Malaria in the Punjab - Number 46
Disease focus: Malaria
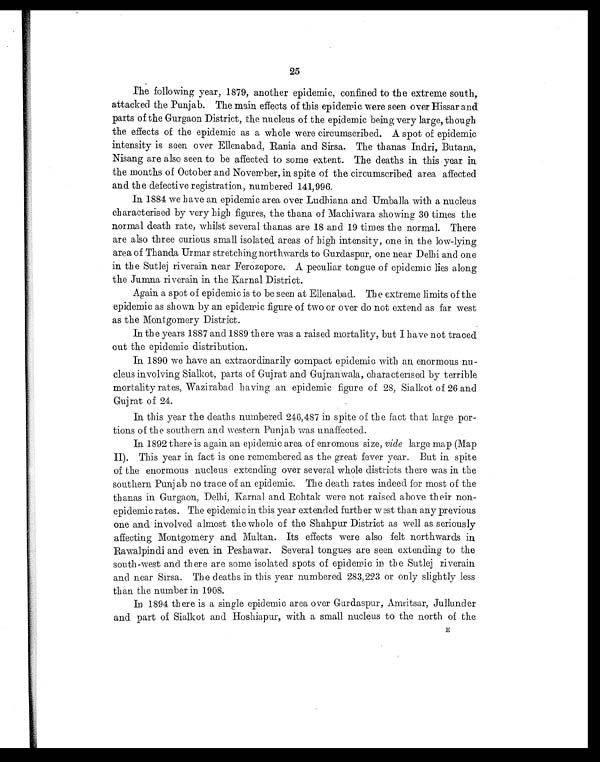
25
The following year, 1879, another epidemic, confined to the extreme south,
attacked the Punjab. The main effects of this epidemic were seen over Hissar and
parts of the Gurgaon District, the nucleus of the epidemic being very large, though
the effects of the epidemic as a whole were circumscribed. A spot of epidemic
intensity is seen over Ellenabad, Rania and Sirsa. The thanas Indri, Butana,
Nisang are also seen to be affected to some extent. The deaths in this year in
the months of October and November, in spite of the circumscribed area affected
and the defective registration, numbered 141,996.
In 1884 we have an epidemic area over Ludhiana and Umballa with a nucleus
characterised by very high figures, the thana of Machiwara showing 30 times the
normal death rate, whilst several thanas are 18 and 19 times the normal. There
are also three curious small isolated areas of high intensity, one in the low-lying
area of Thanda Urmar stretching northwards to Gurdaspur, one near Delhi and one
in the Sutlej riverain near Ferozepore. A peculiar tongue of epidemic lies along
the Jumna riverain in the Karnal District.
Again a spot of epidemic is to be seen at Ellenabad. The extreme limits of the
epidemic as shown by an epidemic figure of two or over do not extend as far west
as the Montgomery District.
In the years 1887 and 1889 there was a raised mortality, but I have not traced
out the epidemic distribution.
In 1890 we have an extraordinarily compact epidemic with an enormous nu-
cleus involving Sialkot, parts of Gujrat and Gujranwala, characterised by terrible
mortality rates, Wazirabacl having an epidemic figure of 28, Sialkot of 26 and
Gujrat of 24.
In this year the deaths numbered 246,487 in spite of the fact that large por-
tions of the southern and western Punjab was unaffected.
In 1892 there is again an epidemic area of enromous size, vide large map (Map
II). This year in fact is one remembered as the great fever year. But in spite
of the enormous nucleus extending over several whole districts there was in the
southern Punjab no trace of an epidemic. The death rates indeed for most of the
thanas in Gurgaon, Karnal and Rohtak were not raised above their non-
epidemic rates. The epidemic in this year extended further west than any previous
one and involved almost the whole of the Shahpur District as well as seriously
affecting Montgomery and Multan. Its effects were also felt northwards in
Rawalpindi and even in Peshawar. Several tongues are seen extending to the
south-west and there are some isolated spots of epidemic in the Sutlej riverain
and near Sirsa. The deaths in this year numbered 283,223 or only slightly less
than the number in 1908.
In 1894 there is a single epidemic area over Gurdaspur, Amritsar, Jullunder
and part of Sialkot and Hoshiapur, with a small nucleus to the north of the